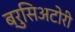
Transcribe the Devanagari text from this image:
ब्रुसिअटोरी